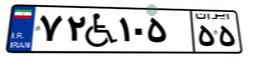
۷۲W۱۰۵۵۵